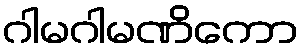
ဂါမဂါမဏိကော